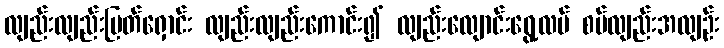
လျည်းလျည်းပြတ်ရှောင်း လျည်းလျည်းကောင်း၍ လျည်းလျောင်းရွေ့လပ် စပ်လျည်းအလျဉ်း